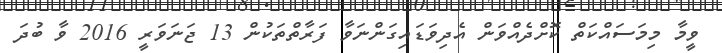
ވީމާ މިމަސައްކަތް ކޮށްދެއްވަން އެދިވަޑައިގަންނަވާ ފަރާތްތަކުން 13 ޖަނަވަރީ 2016 ވާ ބުދަ